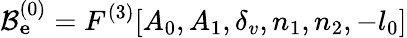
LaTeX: \mathcal{B}_{\mathbf e}^{(0)}=F^{(3)}[A_{0},A_{1},\delta_{v},n_{1},n_{2},-l_{0}]